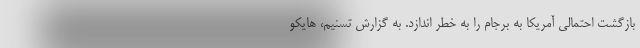
بازگشت احتمالی آمریکا به برجام را به خطر اندازد. به گزارش تسنیم، هایکو